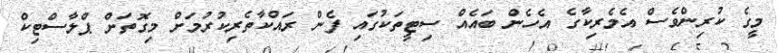
މީގެ ކުރިންވެސް އެމެރިކާގެ އެހެން ބައެއް ސިޓީތަކުގައި ފެން ރައްކާތެރިކުރުމަށް މިގޮތަށް ޕްލާސްޓިކް